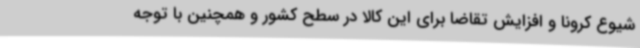
شیوع کرونا و افزایش تقاضا برای این کالا در سطح کشور و همچنین با توجه